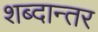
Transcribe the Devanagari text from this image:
शब्दान्तर